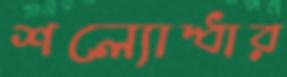
শল্যোদ্ধার